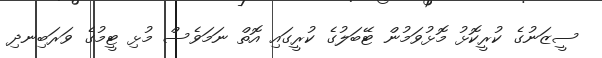
ސީޒަނުގެ ކުރީކޮޅު މޮޅުވަމުން ޓޭބަލުގެ ކުރީގައި އޮތް ނަމަވެސް މުޅި ޓީމުގެ ވަރަބިނދި